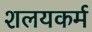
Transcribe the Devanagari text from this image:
शलयकर्म